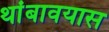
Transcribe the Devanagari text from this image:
थांबावयास